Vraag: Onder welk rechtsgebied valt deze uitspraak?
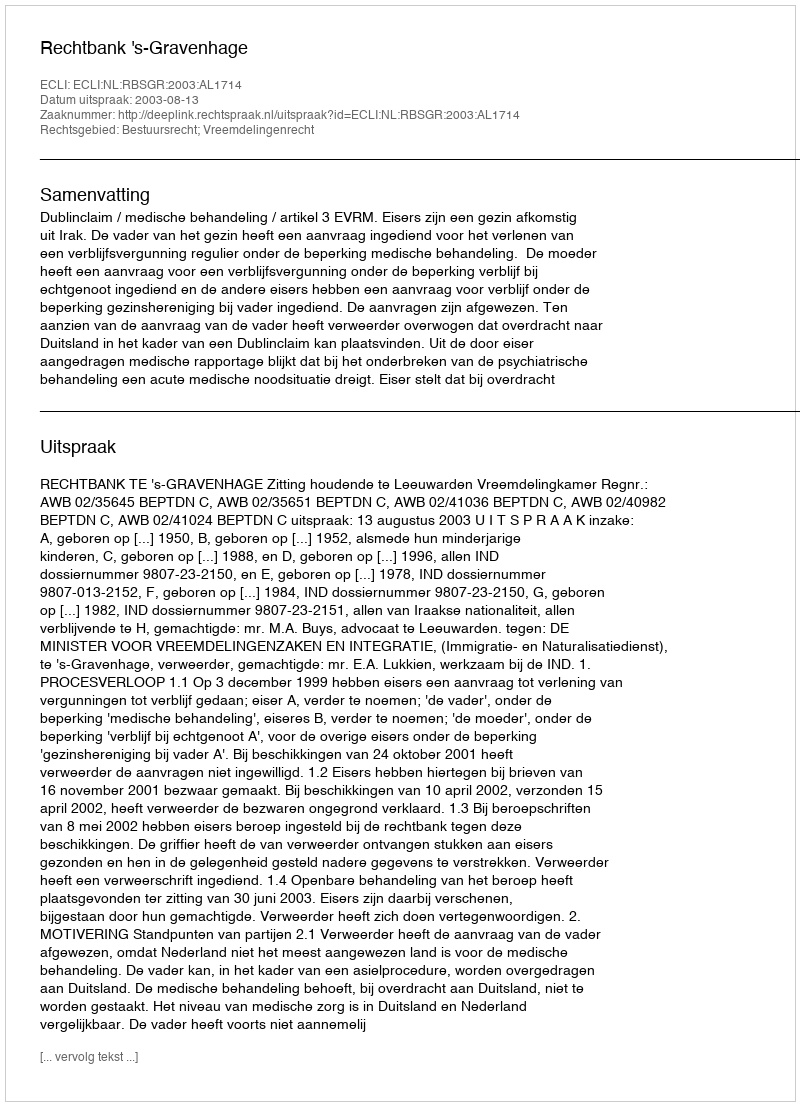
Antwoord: Bestuursrecht; Vreemdelingenrecht